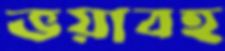
ভয়াবহ